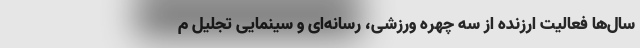
سال‌ها فعالیت ارزنده از سه چهره ورزشی، رسانه‌ای و سینمایی تجلیل م